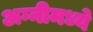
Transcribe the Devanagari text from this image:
अग्नीमध्ये